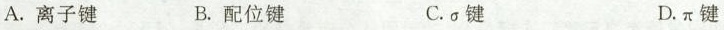
A.离子键 B.配位键 C.\sigma键 D.\pi键